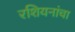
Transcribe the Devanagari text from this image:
रशियनांचा